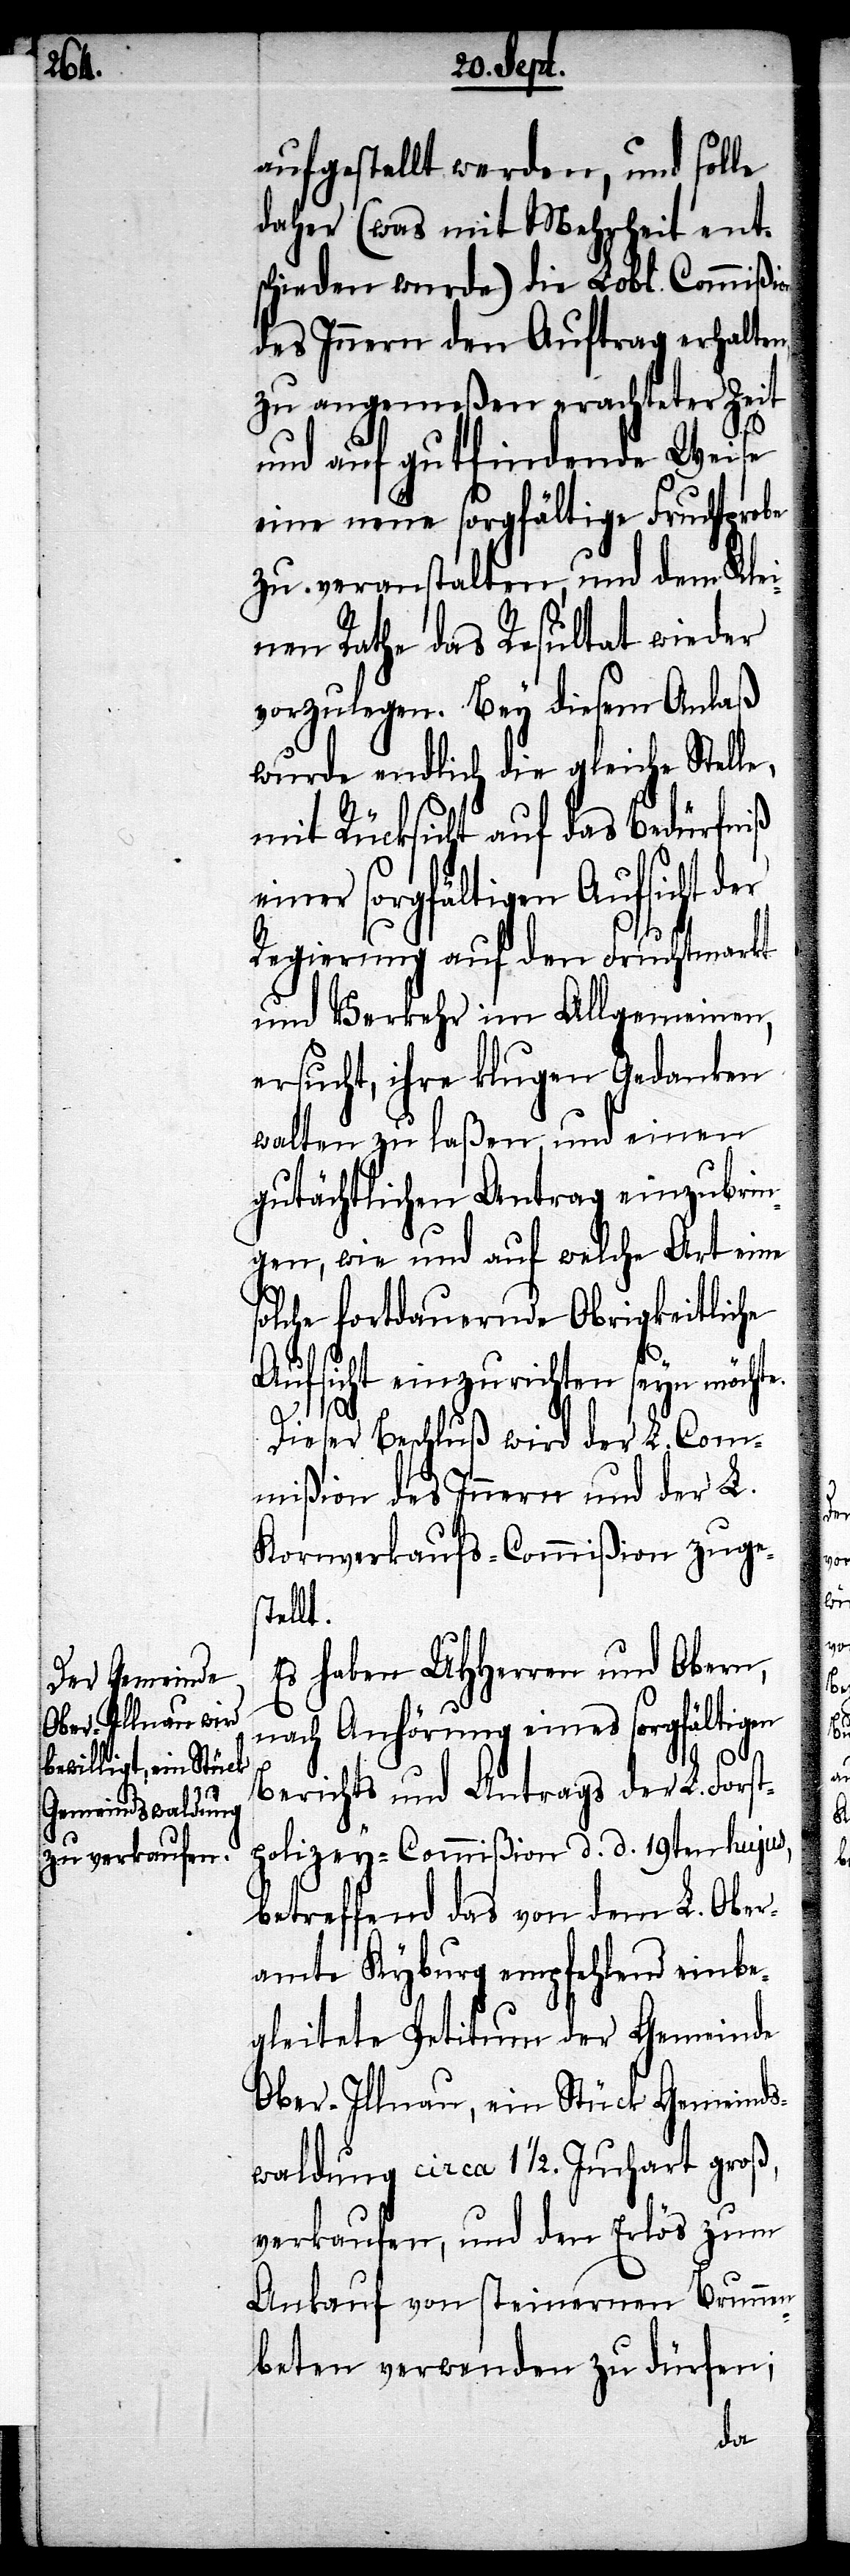
s¬

aufgestellt werden, und solle
daher (was mit Mehrheit ents¬
chieden wurde) die Lobl. Commißion
des Innern den Auftrag erhalten,
zu angemeßen erachteter Zeit
e.
und auf gutfindende Weise
eine neue sorgfältige Fruchtprobe
zu veranstalten, und dem Klei¬
nen Rathe das Resultat wieder
vorzulegen. Bey diesem Anlaß
wurde endlich die gleiche Stelle,
mit Rücksicht auf das Bedürfniß
einer sorgfältigen Aufsicht der
Regierung auf den Fruchtmarkt
und Verkehr im Allgemeinen,
ersucht, ihre klugen Gedanken
walten zu laßen, und einen
gutächtlichen Antrag einzubrin¬
gen, wie und auf welche Art eine
olche fortdauernde Obrigkeitliche
Aufsicht einzurichten seyn möcht¬
Dieser Beschluß wird der L. Com¬
mißion des Innern und der L.
Kornverkaufs-Commißion zuges¬
tellt.
Es haben UHHerren und Obern,
nach Anhörung eines sorgfältigen
Berichts und Antrags der L. Forst¬
polizey-Commißion d. d. 19ten hujus,
betreffend das von dem L. Ober¬
amte Kyburg empfehlend einbe¬
gleitete Petitum der Gemeinde
Ober-Illnau, ein Stück Gemeinds¬
waldung circa 1 ½. Juchart groß,
verkaufen, und den Erlös zum
Ankauf von steinernen Brunnen¬
beten verwenden zu dürfen;